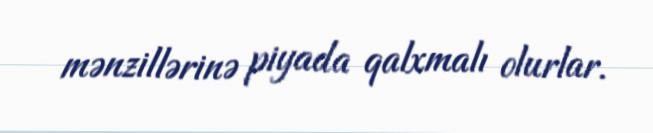
mənzillərinə piyada qalxmalı olurlar.